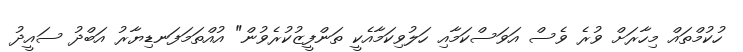
ހުކުމްތައް މިހާރަށް ވުރެ ވެސް އަވަސްކަމާއި ހަލުވިކަމާއެކީ ތަންފީޒުކުރެވުން" އުއްތަމަފަނޑިޔާރު އަބްދު ސައީދު